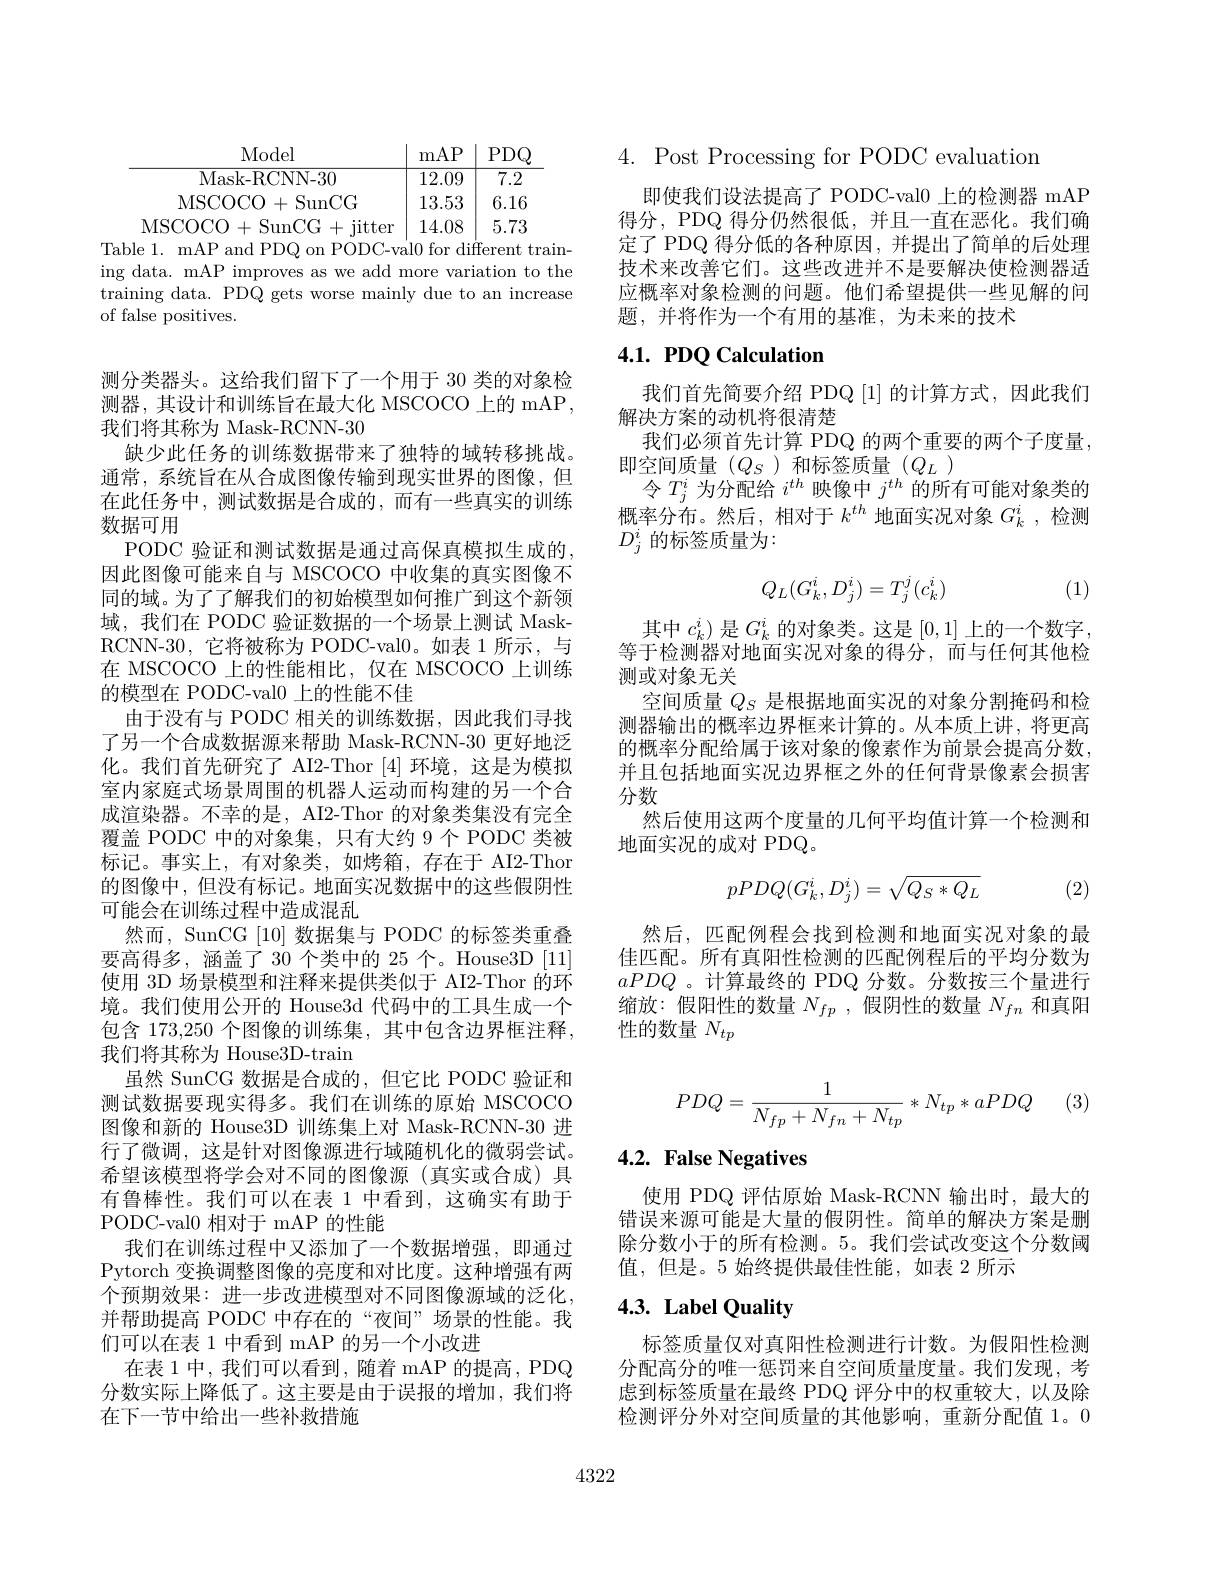
mAP$\mid$PDQ
Model
$\overline{\mathrm{Mask-RCNN-30}}$
$\begin{array}{c|c}{{12.09}}&{{7.2}}\end{array}$ 13.53 6.16
MSCOCO+SunCG
MSCOCO+SunCG+jitter$\mid14.08\mid5.73$
Table 1. mAP and PDQ on PODC-val0 for different training data. mAP improves as we add more variation to the training data. PDQ gets worse mainly due to an increase of false positives.

测分类器头。这给我们留下了一个用于 30 类的对象检测器，其设计和训练旨在最大化 MSCOCO 上的 mAP, 我们将其称为 Mask-RCNN-30
缺少此任务的训练数据带来了独特的域转移挑战。通常，系统旨在从合成图像传输到现实世界的图像，但在此任务中，测试数据是合成的，而有一些真实的训练数据可用
PODC 验证和测试数据是通过高保真模拟生成的， 因此图像可能来自与 MSCOCO 中收集的真实图像不同的域。为了了解我们的初始模型如何推广到这个新领域，我们在 PODC 验证数据的一个场景上测试 MaskRCNN-30,它将被称为 PODC-val0。如表 1 所示，与在 MSCOCO 上的性能相比，仅在 MSCOCO 上训练的模型在 PODC-val0 上的性能不佳
由于没有与 PODC 相关的训练数据，因此我们寻找了另一个合成数据源来帮助 Mask-RCNN-30 更好地泛化。我们首先研究了 AI2-Thor [4]环境，这是为模拟室内家庭式场景周围的机器人运动而构建的另一个合成渲染器。不幸的是，AI2-Thor 的对象类集没有完全覆盖 PODC 中的对象集，只有大约 9 个 PODC 类被标记。事实上，有对象类，如烤箱，存在于 AI2-Thor 的图像中，但没有标记。地面实况数据中的这些假阴性可能会在训练过程中造成混乱
然而，SunCG [10] 数据集与 PODC 的标签类重叠要高得多，涵盖了 30 个类中的 25 个。House3D [11] 使用 3D 场景模型和注释来提供类似于 AI2-Thor 的环境。我们使用公开的 House3d 代码中的工具生成一个包含 173,250 个图像的训练集，其中包含边界框注释， 我们将其称为 House3D-train
虽然 SunCG 数据是合成的，但它比 PODC 验证和测试数据要现实得多。我们在训练的原始 MSCOCO 图像和新的 House3D 训练集上对 Mask-RCNN-30 进行了微调，这是针对图像源进行域随机化的微弱尝试。希望该模型将学会对不同的图像源(真实或合成)具有鲁棒性。我们可以在表 1 中看到，这确实有助于PODC-val0 相对于 mAP 的性能
我们在训练过程中又添加了一个数据增强，即通过Pytorch 变换调整图像的亮度和对比度。这种增强有两个预期效果：进一步改进模型对不同图像源域的泛化， 并帮助提高 PODC 中存在的“夜间”场景的性能。我们可以在表 1 中看到 mAP 的另一个小改进
在表 1 中，我们可以看到 , 随着 mAP 的提高 , PDQ 分数实际上降低了。这主要是由于误报的增加，我们将在下一节中给出一些补救措施

4. Post Processing for PODC evaluation

即使我们设法提高了 PODC-val0 上的检测器 mAP 得分，PDQ 得分仍然很低，并且一直在恶化。我们确定了 PDQ 得分低的各种原因，并提出了简单的后处理技术来改善它们。这些改进并不是要解决使检测器适应概率对象检测的问题。他们希望提供一些见解的问题，并将作为一个有用的基准，为未来的技术

# 4.1. PDQ Calculation

我们首先简要介绍 PDQ [1]的计算方式，因此我们
解决方案的动机将很清楚
我们必须首先计算 PDQ 的两个重要的两个子度量，
即空间质量(Q_S)和标签质量(Q_L)
令$T_j^i$为分配给$i^th$映像中$j^th$的所有可能对象类的概率分布。然后，相对于$k^th$地面实况对象$G_k^i$,检测$D_j^i$的标签质量为：
$$Q_L(G_k^i,D_j^i)=T_j^j(c_k^i)$$
 (1)

其中$c_k^i$)是$G_k^i$的对象类。这是[0,1]上的一个数字， 等于检测器对地面实况对象的得分，而与任何其他检测或对象无关
空间质量$Q_S$是根据地面实况的对象分割掩码和检测器输出的概率边界框来计算的。从本质上讲，将更高的概率分配给属于该对象的像素作为前景会提高分数， 并且包括地面实况边界框之外的任何背景像素会损害分数
然后使用这两个度量的几何平均值计算一个检测和
地面实况的成对 PDQ。
$$pPDQ(G_k^i,D_j^i)=\sqrt{Q_S*Q_L}$$
(2)

然后，匹配例程会找到检测和地面实况对象的最佳匹配。所有真阳性检测的匹配例程后的平均分数为aPDQ 。计算最终的 PDQ 分数。分数按三个量进行缩放：假阳性的数量$N_{fp}$,假阴性的数量$N_{fn}$和真阳性的数量$N_tp$

(3)
$$PDQ=\frac{1}{N_{fp}+N_{fn}+N_{tp}}*N_{tp}*aPDQ$$
## 4.2. False Negatives

使用 PDQ 评估原始 Mask-RCNN 输出时，最大的错误来源可能是大量的假阴性。简单的解决方案是删除分数小于的所有检测。5。我们尝试改变这个分数阈值，但是。5 始终提供最佳性能，如表 2 所示

## 4.3. Label Quality

标签质量仅对真阳性检测进行计数。为假阳性检测分配高分的唯一惩罚来自空间质量度量。我们发现，考虑到标签质量在最终 PDQ 评分中的权重较大，以及除检测评分外对空间质量的其他影响，重新分配值 1。0

4322